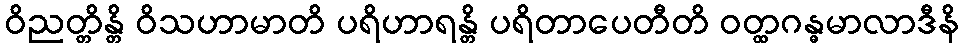
ဝိညတ္တိန္တိ ဝိသဟာမာတိ ပရိဟာရန္တိ ပရိတာပေတီတိ ဝတ္ထဂန္ဓမာလာဒီနိ